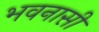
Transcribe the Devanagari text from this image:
भवनासी